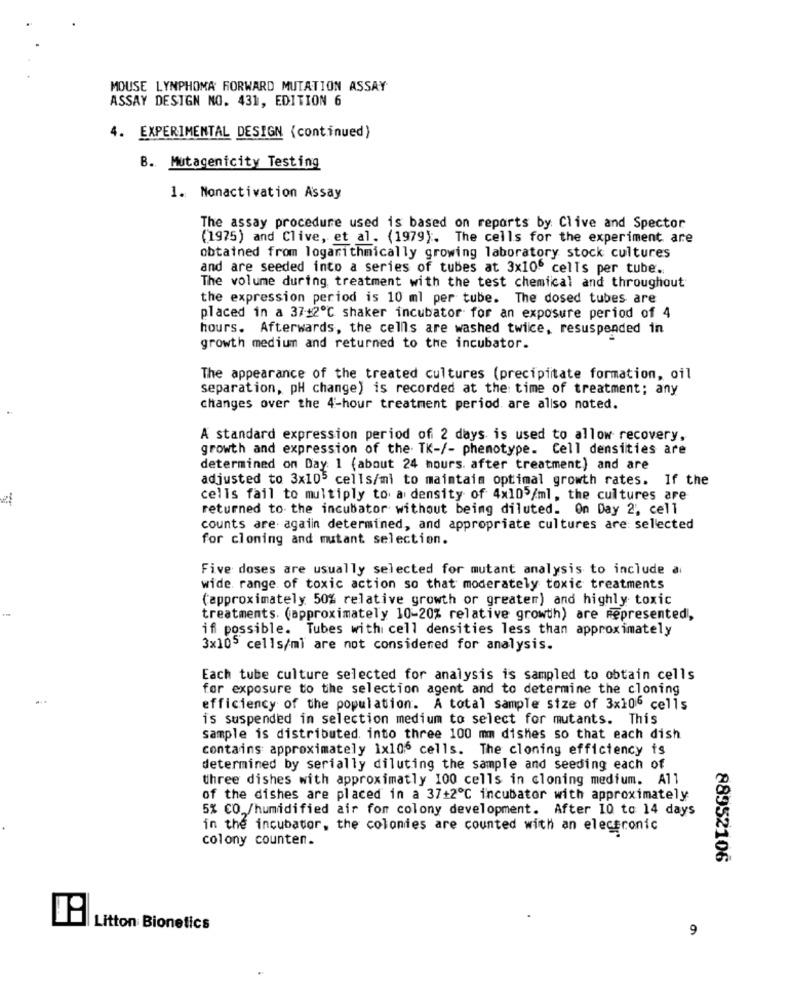
MOUSE LYNPHOMA FORWARD MUTATION ASSAY
ASSAY DESIGN NO. 431, EDITION 6
4. EXPERIMENTAL DESIGN (continued)
B. Mutagenicity Testing
1. Nonactivation Assay
The assay procedure used is based on reports by Clive and Spector
(1975) and Clive, et al. (1979). The cells for the experiment are
obtained from logarithmically growing laboratory stock cultures
and are seeded into a series of tubes at 3x106 cells per tube.
The volume during treatment with the test chemical and throughout
the expression period is 10 ml per tube. The dosed tubes are
placed in a 37+2℃ shaker incubator for an exposure period of 4
hours. Afterwards, the cells are washed twice, resuspended in
growth medium and returned to the incubator.
The appearance of the treated cultures (precipitate formation, oil
separation, pH change) is recorded at the time of treatment; any
changes over the 4-hour treatment period. are allso noted.
A standard expression period of 2 days is used to allow recovery,
growth and expression of the. TK-/- phenotype. Cell densities are
determined on Day: 1 (about 24 hours. after treatment) and are
adjusted to 3x105 cells/mi to maintain optimal growth rates. If the
cells fail to multiply to a density of 4x10 /ml, the cultures are
returned to the incubator without being diluted. On Day 2, cell
counts are again determined, and appropriate cultures are selected
for cloning and mutant selection.
Five doses are usually selected for mutant analysis to include a
wide range of toxic action so that moderately toxic treatments
(approximately 50% relative growth or greater) and highly toxic
treatments. (approximately 10-20% relative growth) are Represented,
if possible. Tubes with cell densities less than approximately
3x105 cells/ml are not considered for analysis.
Each tube culture selected for analysis is sampled to obtain cells
for exposure to the selection agent and to determine the cloning
efficiency of the population. A total sample size of 3x106 cells
is suspended in selection medium to select for mutants. This
sample is distributed. into three 100 mm dishes so that each dish
contains approximately 1x106 cells. The cloning efficiency ts
determined by serially diluting the sample and seeding each of
three dishes with approximatly 100 cells in cloning medium. All
of the dishes are placed in a 37+2℃ incubator with approximately
5% CO /humidified air for colony development. After 10 to 14 days
in the incubator, the colonies are counted with an electronic
colony counten.
88952106
Litton Bionetics
9